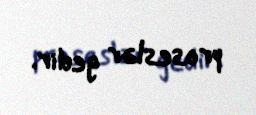
proseslər gedir.